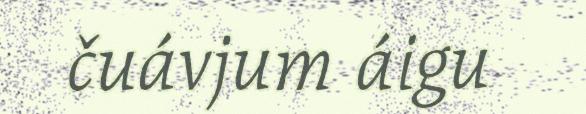
čuávjum áigu